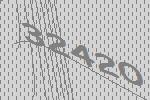
32420